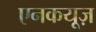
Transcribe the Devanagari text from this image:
एनकयूज़